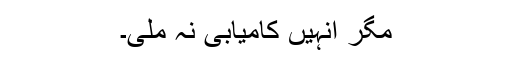
مگر انہیں کامیابی نہ ملی۔